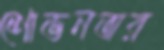
শোভনতার